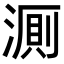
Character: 𬈦